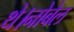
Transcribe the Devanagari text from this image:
थे।नोबेल